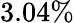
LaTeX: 3.04\%